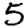
Digit: 5